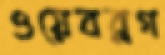
ওয়েবব্লগ